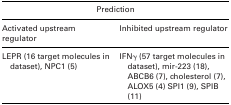
<table><thead><tr><td colspan="2"><b>Prediction</b></td></tr><tr><td><b>Activated upstream regulator</b></td><td><b>Inhibited upstream regulator</b></td></tr></thead><tbody><tr><td>LEPR (16 target molecules in dataset), NPC1 (5)</td><td>IFNγ (57 target molecules in dataset), mir‐223 (18), ABCB6 (7), cholesterol (7), ALOX5 (4) SPI1 (9), SPIB (11)</td></tr></tbody></table>